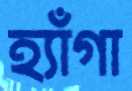
হ্যাঁগা